Civil Veterinary Dept. Assam report 1911-1927 - 1911-1927
Year: 1911
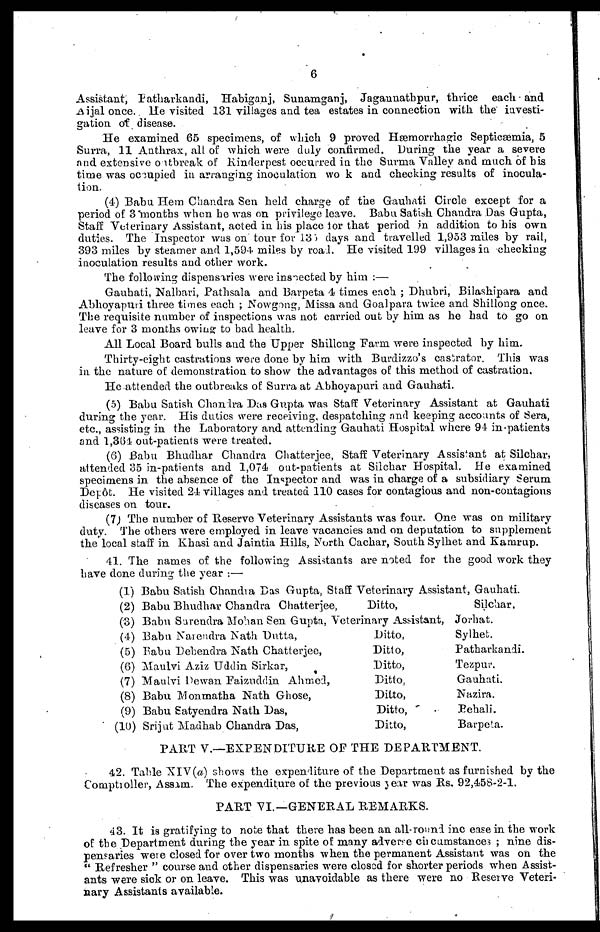
6
Assistant, Patharkandi, Habiganj, Sunamganj, Jagannathpur, thrice each and
Aijal once. He visited 131 villages and tea estates in connection with the iavesti-
gation of disease.
He examined 65 specimens, of which 9 proved Hæmorrhagic Septicæmia, 5
Surra, 11 Anthrax, all of which were duly confirmed. During the year a severe
and extensive outbreak of Rinderpest occurred in the Surma Valley and much of bis
time was occupied in arranging inoculation work and checking results of inocula-
tion.
(4) Babu Hem Chandra Sen held charge of the Gauhati Circle except for a
period of 3 months when he was on privilege leave. Babu Satish Chandra Das Gupta,
Staff Veterinary Assistant, acted in bis place for that period in addition to his own
duties. The Inspector was on tour for 135 days and travelled 1.953 miles by rail,
393 miles by steamer and 1,594 miles by road. He visited 199 villages in checking
inoculation results and other work.
The following dispensaries were inspected by him :—
Gauhati, Nalbari, Pathsala and Barpeta 4 times each ; Dhubri, Bilashipara and
Abhoyapuii three times each ; Nowgong, Missa and Goalpara twice and Shillong once.
The requisite number of inspections was not carried out by him as he had to go on
leave for 3 months owing to bad health.
All Local Board bulls and the Upper Shillong Farm were inspected by him.
Thirty-eight castrations were done by him with Burdizzo's castrator. This was
in the nature of demonstration to show the advantages of this method of castration.
He attended the outbreaks of Surra at Abhoyapuri and Gauhati.
(5) Babu Satish Chandra Das Gupta was Staff Veterinary Assistant at Gauhati
during the year. His duties were receiving, despatching and keeping accounts of Sera,
etc., assisting in the Laboratory and attending Gauhati Hospital where 94 in-patients
and 1,364- out-patients were treated.
(6) Babu Bhudhar Chandra Chatterjee, Staff Veterinary Assistant at Silchar,
attended 35 in-patients and 1,074 out-patients at Silchar Hospital. He examined
specimens in the absence of the Inspector and was in charge of a subsidiary Serum
Depôt. He visited 24 villages and treated 110 cases for contagious and non-contagious
diseases on tour.
(7) The number of Reserve Veterinary Assistants was four. One was on military
duty. The others were employed in leave vacancies and on deputation to supplement
the local staff in Khasi and Jaintia Hills, North Cachar, South Sylhet and Kamrup.
41. The names of the following Assistants are noted for the good work they
have done during the year :—
(1)
(2)
(3)
(4)
(5)
(6)
(7)
(8)
(9)
(10)
Babu Satish Chandra Das Gupta, Staff Veterinary Assistant, Gauhati.
Babu Bhudhar Chandra Chatterjee,
Ditto,
Babu Surendra Mohan Sen Gupta, Veterinary Assistant,
Babu Narendra Nath Dutta,
Babu Debendra Nath Chatterjee,
Maulvi Aziz Uddin Sirkar,
Maulvi Dewan Faizuddin Ahmed,
Babu Monmatha Nath Ghose,
Babu Satyendra Nath Das,
Srijut Madhab Chandra Das,
Ditto,
Ditto,
Ditto,
Ditto,
Ditto,
Ditto,
Ditto,
Silchar.
Jorhat.
Sylhet.
Patharkandi
Tezpur.
Gauhati.
Nazira.
Behali.
Barpeta.
PART V.—EXPENDITURE OF THE DEPARTMENT.
42. Table XIV(a) shows the expenditure of the Department as furnished by the
Comptroller, Assam. The expenditure of the previous year was Rs. 92,458-2-1.
PART VI.—GENERAL REMARKS.
43. It is gratifying to note that there has been an all-round incease in the work
of the Department during the year in spite of many advene circumstances ; nine dis-
pensaries were closed for over two months when the permanent Assistant was on the
" Refresher " course and other dispensaries were closed for shorter periods when Assist-
ants were sick or on leave. This was unavoidable as there were no Reserve Veteri-
nary Assistants available.